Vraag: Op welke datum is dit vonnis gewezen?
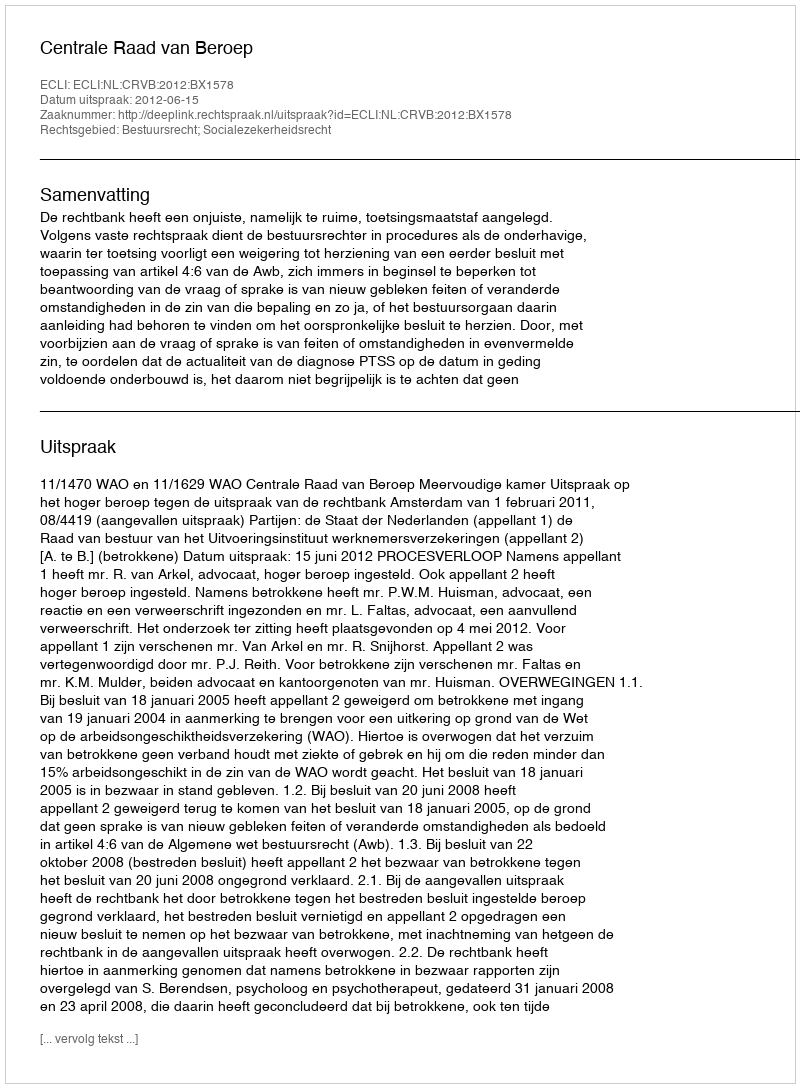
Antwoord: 2012-06-15